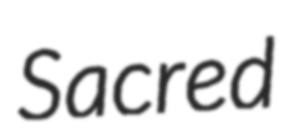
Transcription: Sacred